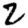
Digit: 2